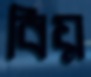
বিয়